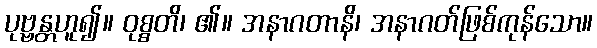
ပုဗ္ဗန္တဟူ၍။ ဝုစ္စတိ၊ ၏။ အနာဂတာနိ၊ အနာဂတ်ဖြစ်ကုန်သော။